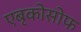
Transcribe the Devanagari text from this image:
एबृकोसोफ